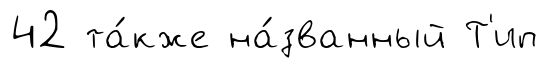
42 та́кже на́званный Т'ип